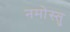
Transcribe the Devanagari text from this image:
नमोस्तु